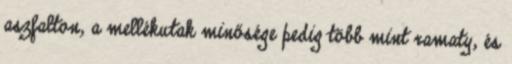
aszfalton, a mellékutak minősége pedig több mint ramaty, és